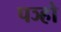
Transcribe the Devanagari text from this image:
पञ्हो